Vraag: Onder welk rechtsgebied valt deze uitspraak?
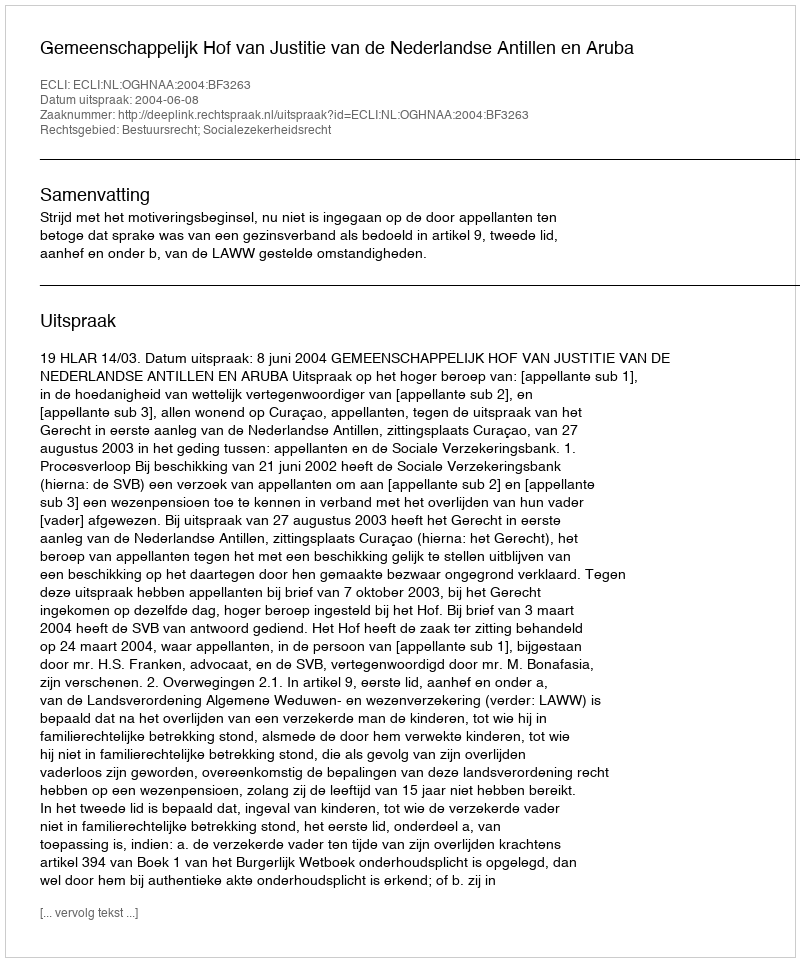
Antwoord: Bestuursrecht; Socialezekerheidsrecht